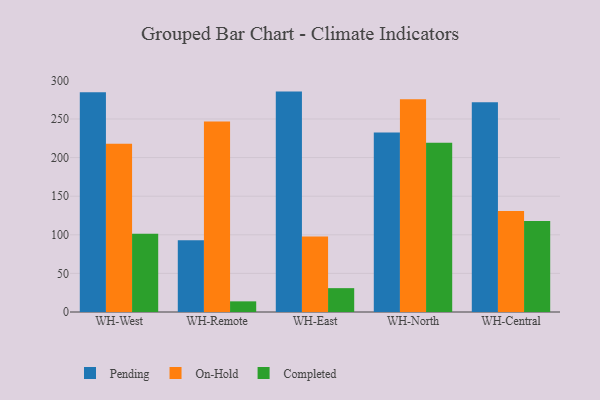
{"axis": {"x": "Warehouse", "y": "Shipments"}, "legend": ["Completed", "On-Hold", "Pending"], "data": [{"x": "WH-West", "y": 284.7, "type": "Pending"}, {"x": "WH-West", "y": 218.0, "type": "On-Hold"}, {"x": "WH-West", "y": 101.4, "type": "Completed"}, {"x": "WH-Remote", "y": 93.1, "type": "Pending"}, {"x": "WH-Remote", "y": 246.8, "type": "On-Hold"}, {"x": "WH-Remote", "y": 13.8, "type": "Completed"}, {"x": "WH-East", "y": 285.5, "type": "Pending"}, {"x": "WH-East", "y": 97.7, "type": "On-Hold"}, {"x": "WH-East", "y": 30.9, "type": "Completed"}, {"x": "WH-North", "y": 232.5, "type": "Pending"}, {"x": "WH-North", "y": 275.6, "type": "On-Hold"}, {"x": "WH-North", "y": 219.4, "type": "Completed"}, {"x": "WH-Central", "y": 271.6, "type": "Pending"}, {"x": "WH-Central", "y": 130.8, "type": "On-Hold"}, {"x": "WH-Central", "y": 118.0, "type": "Completed"}]}